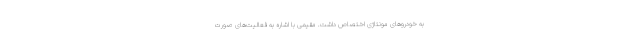
به خودروهای مونتاژی اختصاص داشت. مقیمی با اشاره به فعالیت‌های صورت